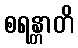
စရန္တာတိ